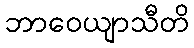
ဘာဝေယျာသီတိ